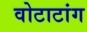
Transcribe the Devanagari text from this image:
वोटाटांग